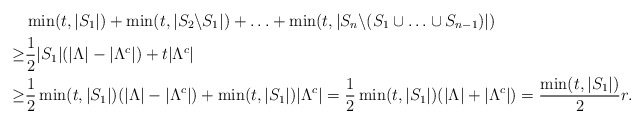
\begin{align*}&\min(t,|S_{1}|)+\min(t,|S_{2}\backslash S_{1}|)+\ldots+\min(t,|S_{n}\backslash(S_{1}\cup\ldots\cup S_{n-1})|)\\\geq&\frac{1}{2}|S_{1}|(|\Lambda|-|\Lambda^{c}|)+t|\Lambda^{c}|\\\geq&\frac{1}{2}\min(t,|S_{1}|)(|\Lambda|-|\Lambda^{c}|)+\min(t,|S_{1}|)|\Lambda^{c}|=\frac{1}{2}\min(t,|S_{1}|)(|\Lambda|+|\Lambda^{c}|)=\frac{\min(t,|S_{1}|)}{2}r.\end{align*}